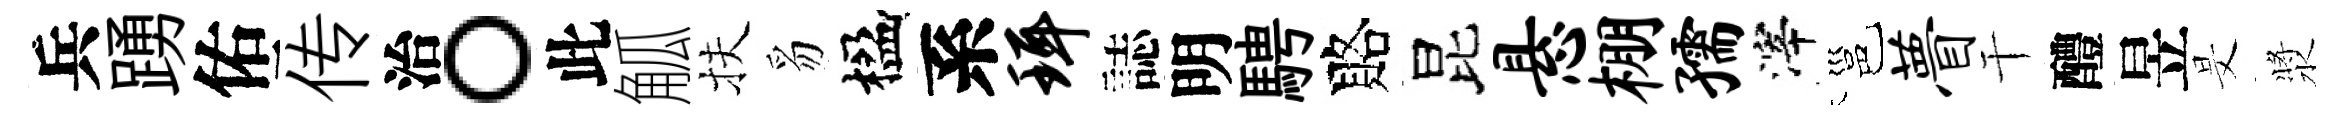
兵踴佑传治。此觚扶豸楹系珥誌明騁賂昆悬棚孺滓邕瞢干醴昱旻漿